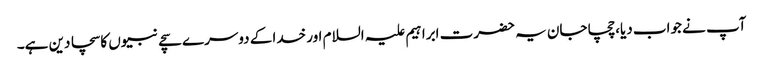
آپ نے جواب دیا،چچا جان یہ حضرت ابراہیم علیہ السلام اور خدا کے دوسرے سچے نبیوں کا سچا دین ہے۔